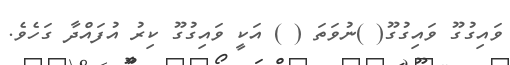
ވައިގުގޫ ވައިގުގޫ( )ނުވަތަ ( ) އަކީ ވައިގުގޫ ކިރު އުފައްދާ ގަހެވެ.